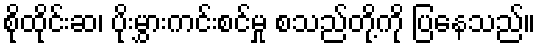
စိုထိုင်းဆ၊ ပိုးမွှားကင်းစင်မှု စသည်တို့ကို ပြနေသည်။